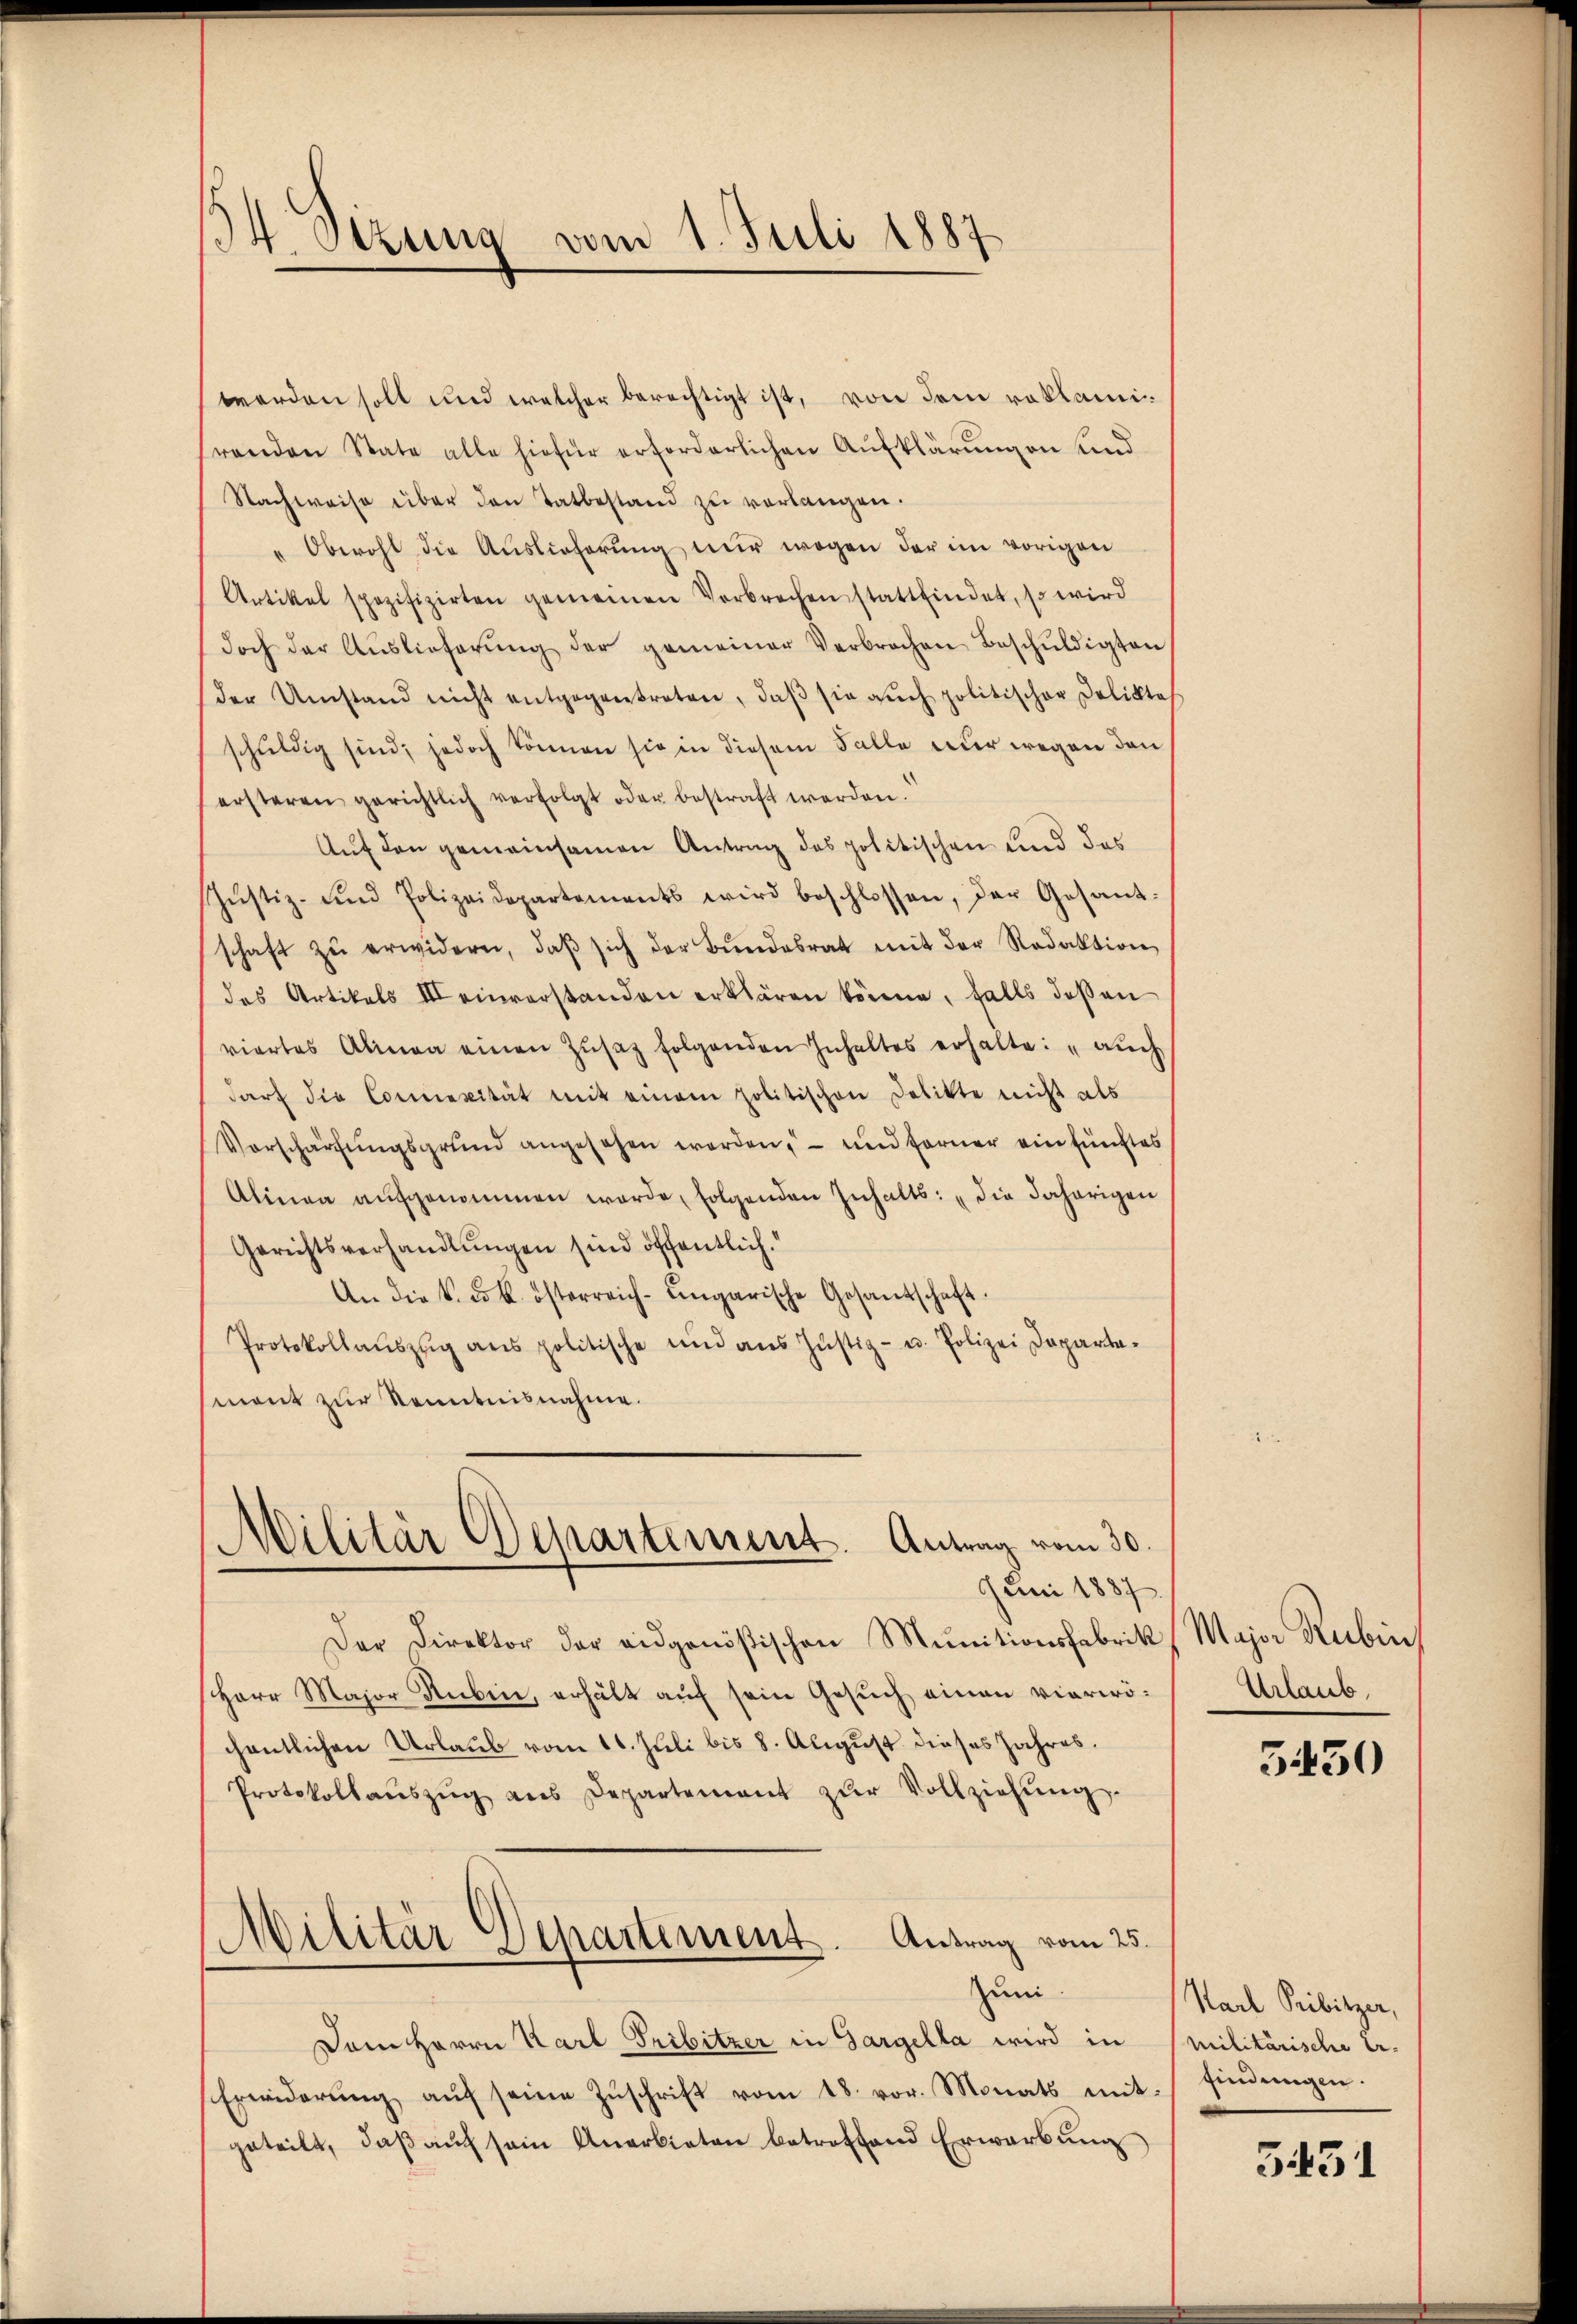
14. Sizung vom 1. Juli 1887.

werden soll und welcher berechtigt ist, von dem reklamirenden State alle hiefür erforderlichen Aufklärungen und
Nachweise über den Tatbestand zŭ verlangen.
"Obwohl die Auslieferŭng nur wegen der im vorigen
Artikel spezifizirten gemeinen Verbrechen stattfindet, so wird
doch der Aŭslieferŭng der gemeiner Verbrochen Beschŭldigten
der Umstand nicht entgegentreten, daβ sie auch politischer Deliktes
schuldig sind; jedoch können sie in diesem Falle nur wegen den
ersteren gerichtlich verfolgt oder bestraft werden.
Auf den gemeinsamen Antrag des politischen und das
Jŭstiz- und Polizeidepartements wird beschlossen, der Gesant-
schaft zŭ erwidern, daβ sich der Bŭndesrat mit der Redaktion
des Artikels III einverstanden erklären könne, falls dassen
viertes Alinea einen Zŭsatz folgenden Inhaltes erhalte: "aŭch
darf die Connexität mit einem politischen Delikte nicht als
Vorschärfungsgrund angesehen werden, – und ferner ein fünftes
Alinea aŭfgenommen werde, folgenden Inhalts: „die daherigen
Gerichtsverhandlŭngen sind öffentlich.
An die k. k. österreich-ungarische Gesantschaft
Protokollaŭszŭg ans politische und ans Jŭstiz- u. Polizei Departamont zur Kenntnisnahme.
Militär Departement. Antrag vom 30.
Juni 1887
Der Direktor der eidgenößischen Munitionsfabrik
Herr Major Rubin, erhält aŭf sein Gesŭch einen vierwö-
chentlichen Urlaub vom 16. Juli bis 8. August dieses Jahres¬
Protokollaŭszŭg als Departement zŭr Vollziehŭng
Militär Departement. Antrag vom 25.
Zumi
Dem Herrn Karl Pribitzer in Gargella wird in
Erwiderung auf seine Zuschrift vom 18. vor. Monats mitgeteilt, daβ aŭf sein Anerbieten betroffend Erwarbŭng

Major Rubin
Urlaub.

5430

Karl Pribitzer,
Militärische Er-
findungen.

3431